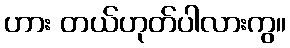
ဟား တယ်ဟုတ်ပါလားကွ။